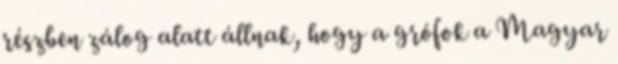
részben zálog alatt állnak, hogy a grófok a Magyar